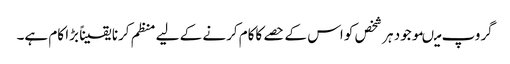
گروپ میںموجود ہر شخص کو اس کے حصے کاکام کرنے کے لیے منظم کرنا یقیناً بڑا کام ہے۔